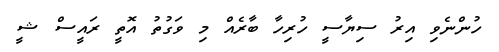
ހުންނެވި އިރު ސިޔާސީ ހުރިހާ ބާރެއް މި ވަގުތު އޮތީ ރައީސް ޝީ